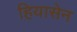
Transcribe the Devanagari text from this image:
हियासेन